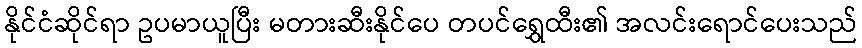
နိုင်ငံဆိုင်ရာ ဥပမာယူပြီး မတားဆီးနိုင်ပေ တပင်ရွှေထီး၏ အလင်းရောင်ပေးသည်